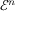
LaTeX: { \mathcal { E } } ^ { n }